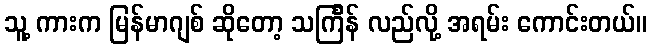
သူ့ ကားက မြန်မာဂျစ် ဆိုတော့ သင်္ကြန် လည်လို့ အရမ်း ကောင်းတယ်။